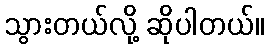
သွားတယ်လို့ ဆိုပါတယ်။